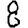
Digit: 8